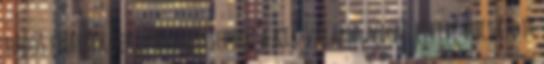
tudós embereknek, nevezetesebben a kik valami, világ eleibe bocsátott